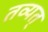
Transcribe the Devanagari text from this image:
तव्यत्